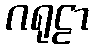
ဂရုဠာ